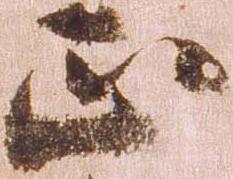
正